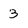
Character: 3